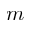
m